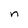
Character: n